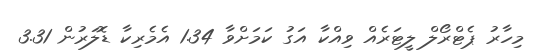
މިހާރު ޕެޓްރޯލް ލީޓަރެއް ވިއްކާ އަގު ކަމަށްވާ 1.34 އެމެރިކާ ޑޮލަރުން 3.31